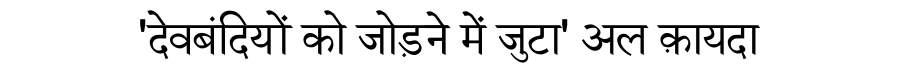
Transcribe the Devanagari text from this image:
'देवबंदियों को जोड़ने में जुटा' अल क़ायदा